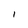
Character: 1